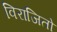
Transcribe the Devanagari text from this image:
विराजितो